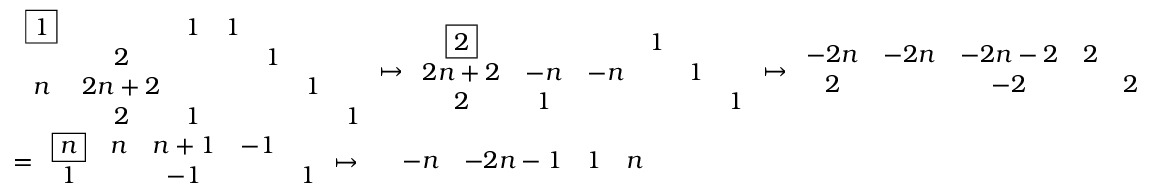
\begin{array} { r l } & { \begin{array} { c c c c c c c } { \boxed { 1 } } & & { 1 } & { 1 } & & & \\ & { 2 } & & & { 1 } & & \\ { n } & { 2 n + 2 } & & & & { 1 } & \\ & { 2 } & { 1 } & & & & { 1 } \end{array} \mapsto \begin{array} { c c c c c c } { \boxed { 2 } } & & & { 1 } & & \\ { 2 n + 2 } & { - n } & { - n } & & { 1 } & \\ { 2 } & { 1 } & & & & { 1 } \end{array} \mapsto \begin{array} { c c c c c } { - 2 n } & { - 2 n } & { - 2 n - 2 } & { 2 } & \\ { 2 } & & { - 2 } & & { 2 } \end{array} } \\ & { = \begin{array} { c c c c c } { \boxed { n } } & { n } & { n + 1 } & { - 1 } & \\ { 1 } & & { - 1 } & & { 1 } \end{array} \mapsto \begin{array} { c c c c c } & { - n } & { - 2 n - 1 } & { 1 } & { n } \end{array} } \end{array}